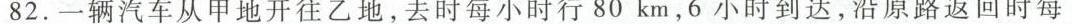
82.一辆汽车从甲地开往乙地，去时每小时行80km，6小时到达，沿原路返回时每